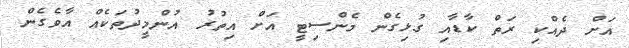
އަށް ދެއްކި ރަތް ކާޑާއި ގުޅިގެން މެންސިޓީ އަށް އިތުރު އުންމީދުތަކެއް އާވެގެން